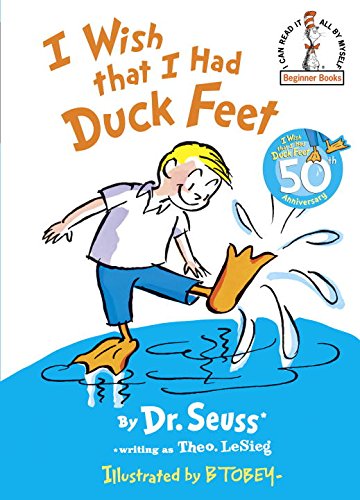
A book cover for I Wish That I Had Duck Feet (Beginner Books); Theo. LeSieg; Children's Books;